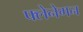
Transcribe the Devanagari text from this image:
फ्लेनेगन